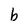
Character: b